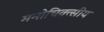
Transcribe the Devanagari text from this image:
मनोचिक्त्सीय